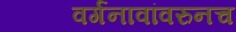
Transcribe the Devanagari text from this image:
वर्गनावांवरुनच